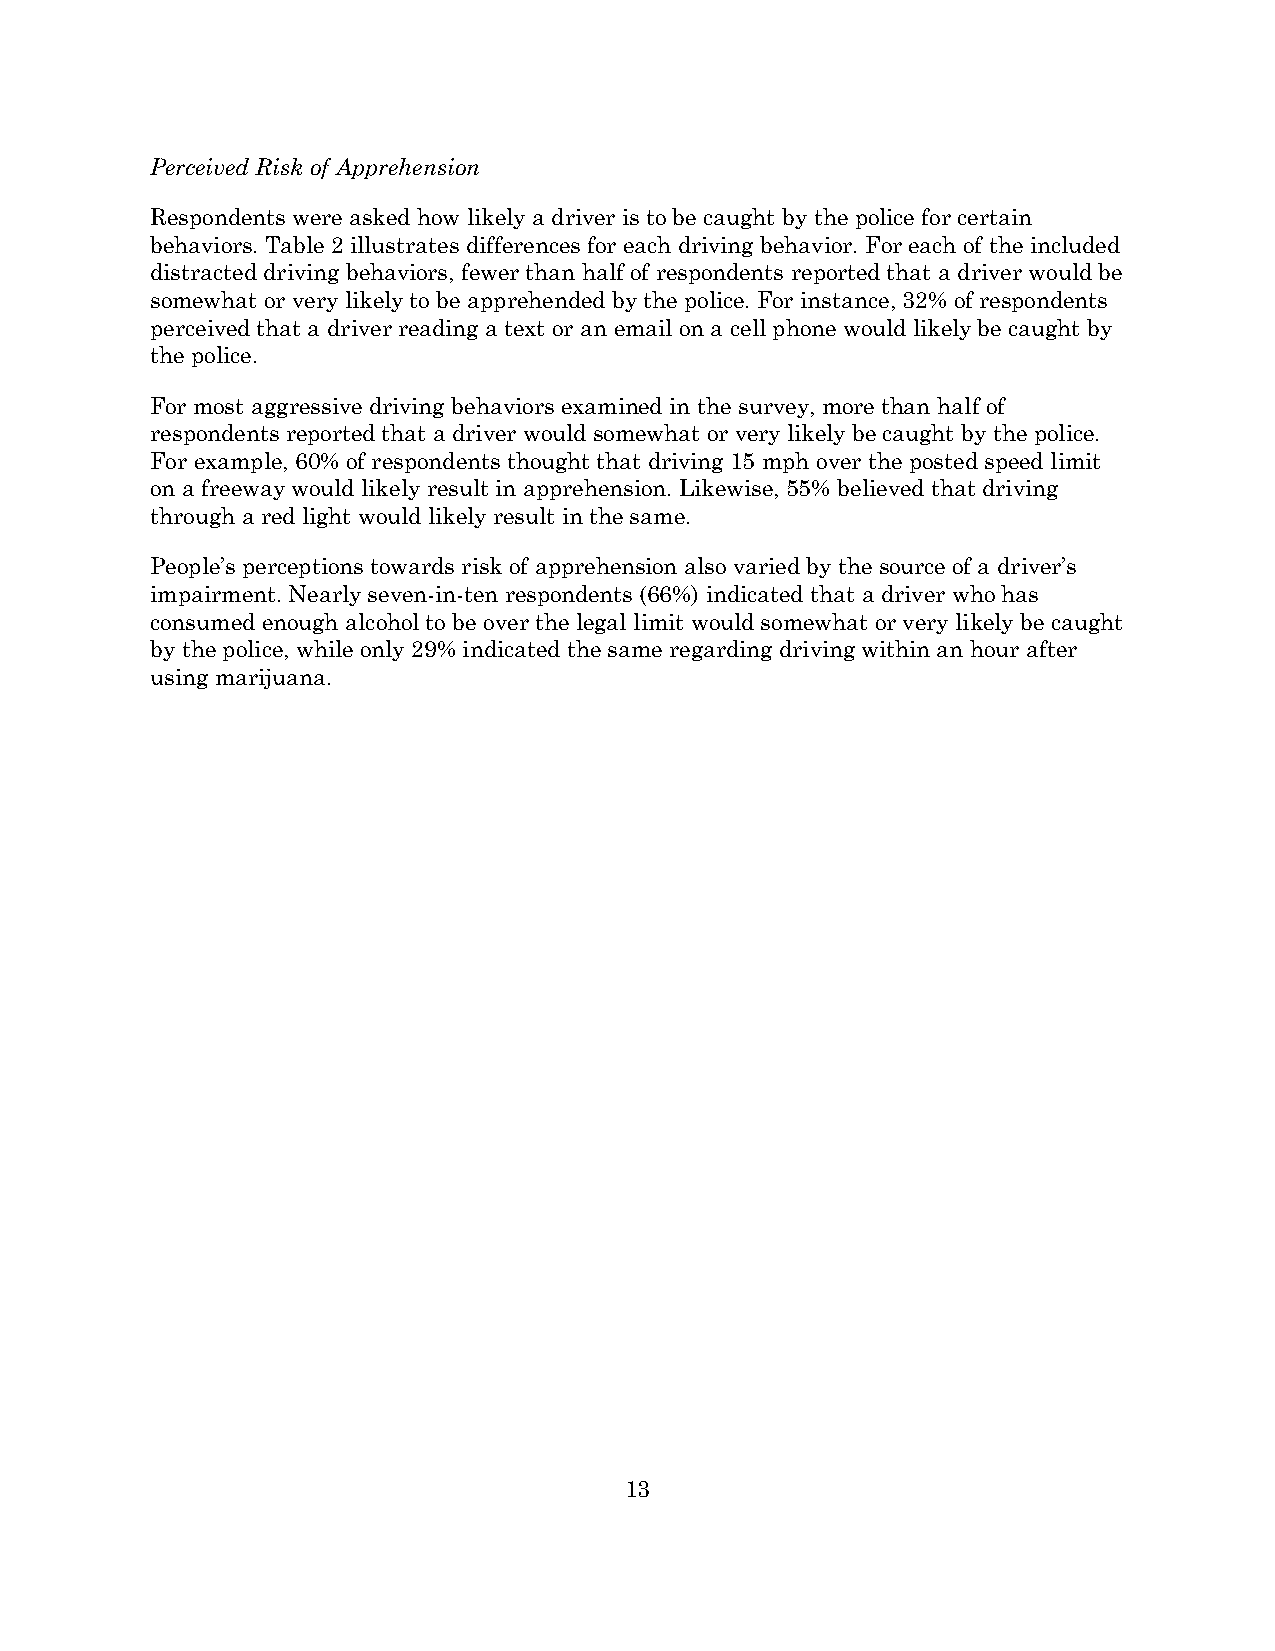
Perceived Risk of Apprehension
 Respondents were asked how likely a driver is to be caught by the police for certain
 behaviors. Table 2 illustrates differences for each driving behavior. For each of the included
 distracted driving behaviors, fewer than half of respondents reported that a driver would be
 somewhat or very likely to be apprehended by the police. For instance, 32% of respondents
 perceived that a driver reading a text or an email on a cell phone would likely be caught by
 the police.
 For most aggressive driving behaviors examined in the survey, more than half of
 respondents reported that a driver would somewhat or very likely be caught by the police.
 For example, 60% of respondents thought that driving 15 mph over the posted speed limit
 on a freeway would likely result in apprehension. Likewise, 55% believed that driving
 through a red light would likely result in the same.
 People’s perceptions towards risk of apprehension also varied by the source of a driver’s
 impairment. Nearly seven-in-ten respondents (66%) indicated that a driver who has
 consumed enough alcohol to be over the legal limit would somewhat or very likely be caught
 by the police, while only 29% indicated the same regarding driving within an hour after
 using marijuana.
 13